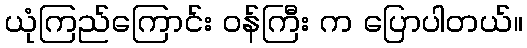
ယုံကြည်ကြောင်း ဝန်ကြီး က ပြောပါတယ်။